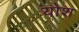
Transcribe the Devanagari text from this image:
योश